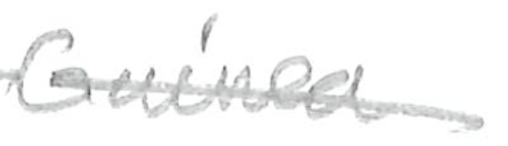
Text: Guinea
Cross-out: single-line
Writing tool: pencil